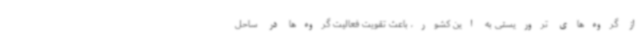
از گروه‌های تروریستی به این کشور، باعث تقویت فعالیت گروه‌ها در ساحل